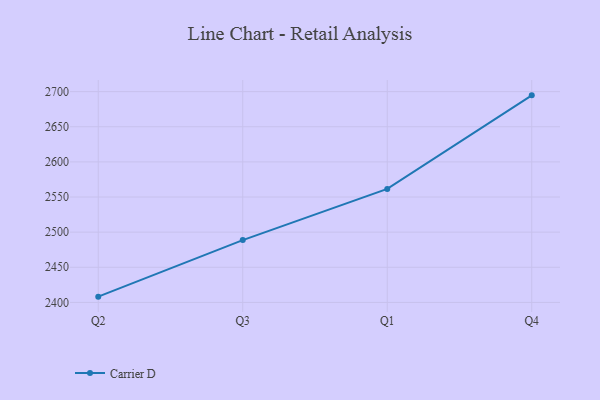
{"axis": {"x": "Quarter", "y": "Energy Usage (MWh)"}, "legend": ["Carrier D"], "data": [{"x": "Q2", "y": 2408.2, "type": "Carrier D"}, {"x": "Q3", "y": 2488.7, "type": "Carrier D"}, {"x": "Q1", "y": 2561.5, "type": "Carrier D"}, {"x": "Q4", "y": 2694.7, "type": "Carrier D"}]}